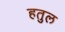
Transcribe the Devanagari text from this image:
हतुल